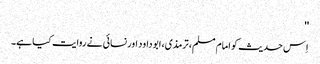
''
اِس حدیث کو امام مسلم، ترمذی، ابو داود اور نسائی نے روایت کیا ہے۔